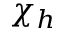
\chi _ { h }